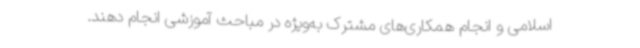
اسلامی و انجام همکاری‌های مشترک به‌ویژه در مباحث آموزشی انجام دهند.